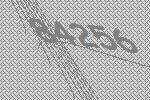
84256